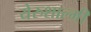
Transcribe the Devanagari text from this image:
येरुशाल्मी